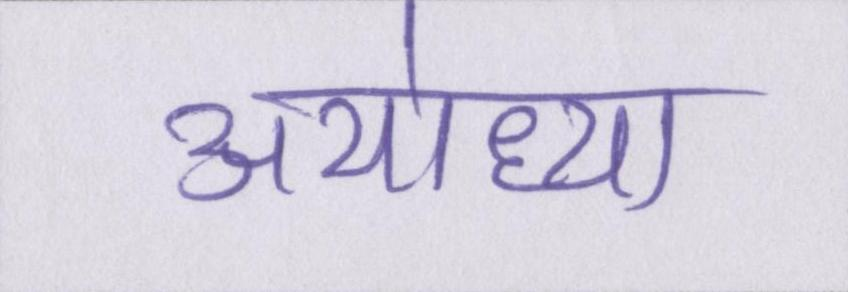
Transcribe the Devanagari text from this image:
अयोध्या